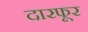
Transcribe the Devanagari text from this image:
दारफूर